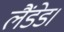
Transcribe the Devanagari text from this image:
लैंडेड।